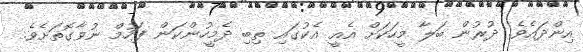
އިންދައެވެ. ދުރުން ބަލާ މީހަކަށް އެއީ އެކުގައި ތިބި ދެމީހުންކަން ފަހުމް ނުވާގޮތަށެވެ.